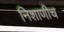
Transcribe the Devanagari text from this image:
निशाणीच